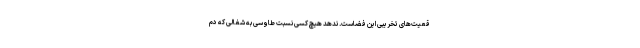
قعیت‌های تخریبی این فضاست. ندهد هیچ کسی نسبت طاوسی به شغالی که دُم